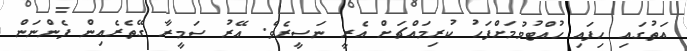
އަތުގައި ހިފައި ހުއްޓުވުމަށްފަހު ކުރިމައްޗަށް އެރީ ނަސީރެެވެ. އޭރު ސަމީރާ ގޭތެރެއިން ފެންނަން